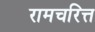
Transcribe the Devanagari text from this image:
रामचरित्त